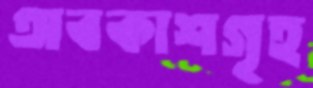
অবকাশগৃহ